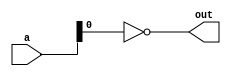
`timescale 1ns / 1ps
//////////////////////////////////////////////////////////////////////////////////
// Company: 
// Engineer: 
// 
// Design Name: 
// Module Name:    divisible_2 
// Project Name: 
// Target Devices: 
// Tool versions: 
// Description: 
//
// Dependencies: 
//
// Revision: 
// Revision 0.01 - File Created
// Additional Comments: 
//
//////////////////////////////////////////////////////////////////////////////////
module divisible_2(
    input [3:0] a,
    output out
    );

	assign out = !a[0];

endmodule